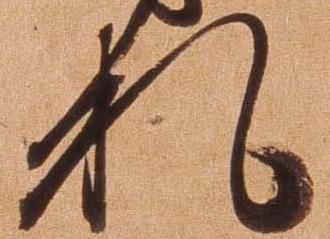
札